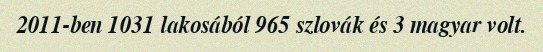
2011-ben 1031 lakosából 965 szlovák és 3 magyar volt.